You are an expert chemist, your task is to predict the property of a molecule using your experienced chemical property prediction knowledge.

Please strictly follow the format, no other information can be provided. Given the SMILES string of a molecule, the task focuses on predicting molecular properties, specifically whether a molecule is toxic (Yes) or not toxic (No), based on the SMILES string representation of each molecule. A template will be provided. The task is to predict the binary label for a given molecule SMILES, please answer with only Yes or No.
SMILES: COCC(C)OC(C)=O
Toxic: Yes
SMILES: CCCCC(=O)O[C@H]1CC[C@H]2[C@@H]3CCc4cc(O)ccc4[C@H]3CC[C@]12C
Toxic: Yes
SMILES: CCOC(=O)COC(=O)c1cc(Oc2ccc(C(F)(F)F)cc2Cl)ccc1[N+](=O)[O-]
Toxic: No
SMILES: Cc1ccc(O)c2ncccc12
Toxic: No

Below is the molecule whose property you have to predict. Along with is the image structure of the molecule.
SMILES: CCN(CC)CCc1nc(-c2ccccc2)no1.O=C(O)CC(O)(CC(=O)O)C(=O)O
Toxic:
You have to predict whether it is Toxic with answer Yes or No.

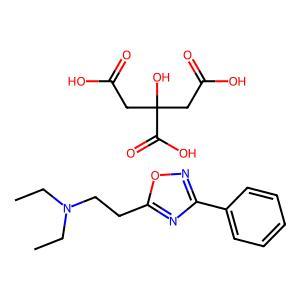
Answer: No